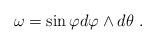
LaTeX: \begin{align*}\omega=\sin\varphi d\varphi\wedge d\theta\ . \end{align*}